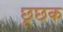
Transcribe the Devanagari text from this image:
छूछक